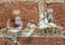
تخرق